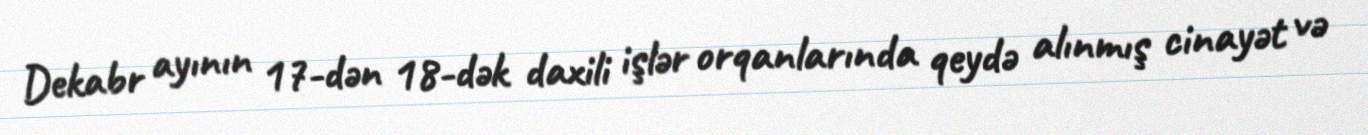
Dekabr ayının 17-dən 18-dək daxili işlər orqanlarında qeydə alınmış cinayət və